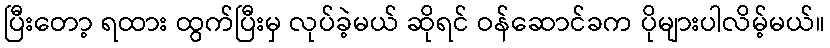
ပြီးတော့ ရထား ထွက်ပြီးမှ လုပ်ခဲ့မယ် ဆိုရင် ဝန်ဆောင်ခက ပိုများပါလိမ့်မယ်။